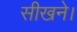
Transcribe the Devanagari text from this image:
सीखने।